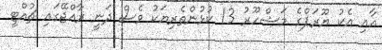
އާއި އެކު ޔޫރަޕްގެ މަޝްހޫރު 13 ކުޅުންތެރިޔަކު ވެސް ދަނީ ރާއްޖޭގައި ޗުއްޓީ